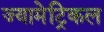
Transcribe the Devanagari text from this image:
ज्यामेट्रिकल